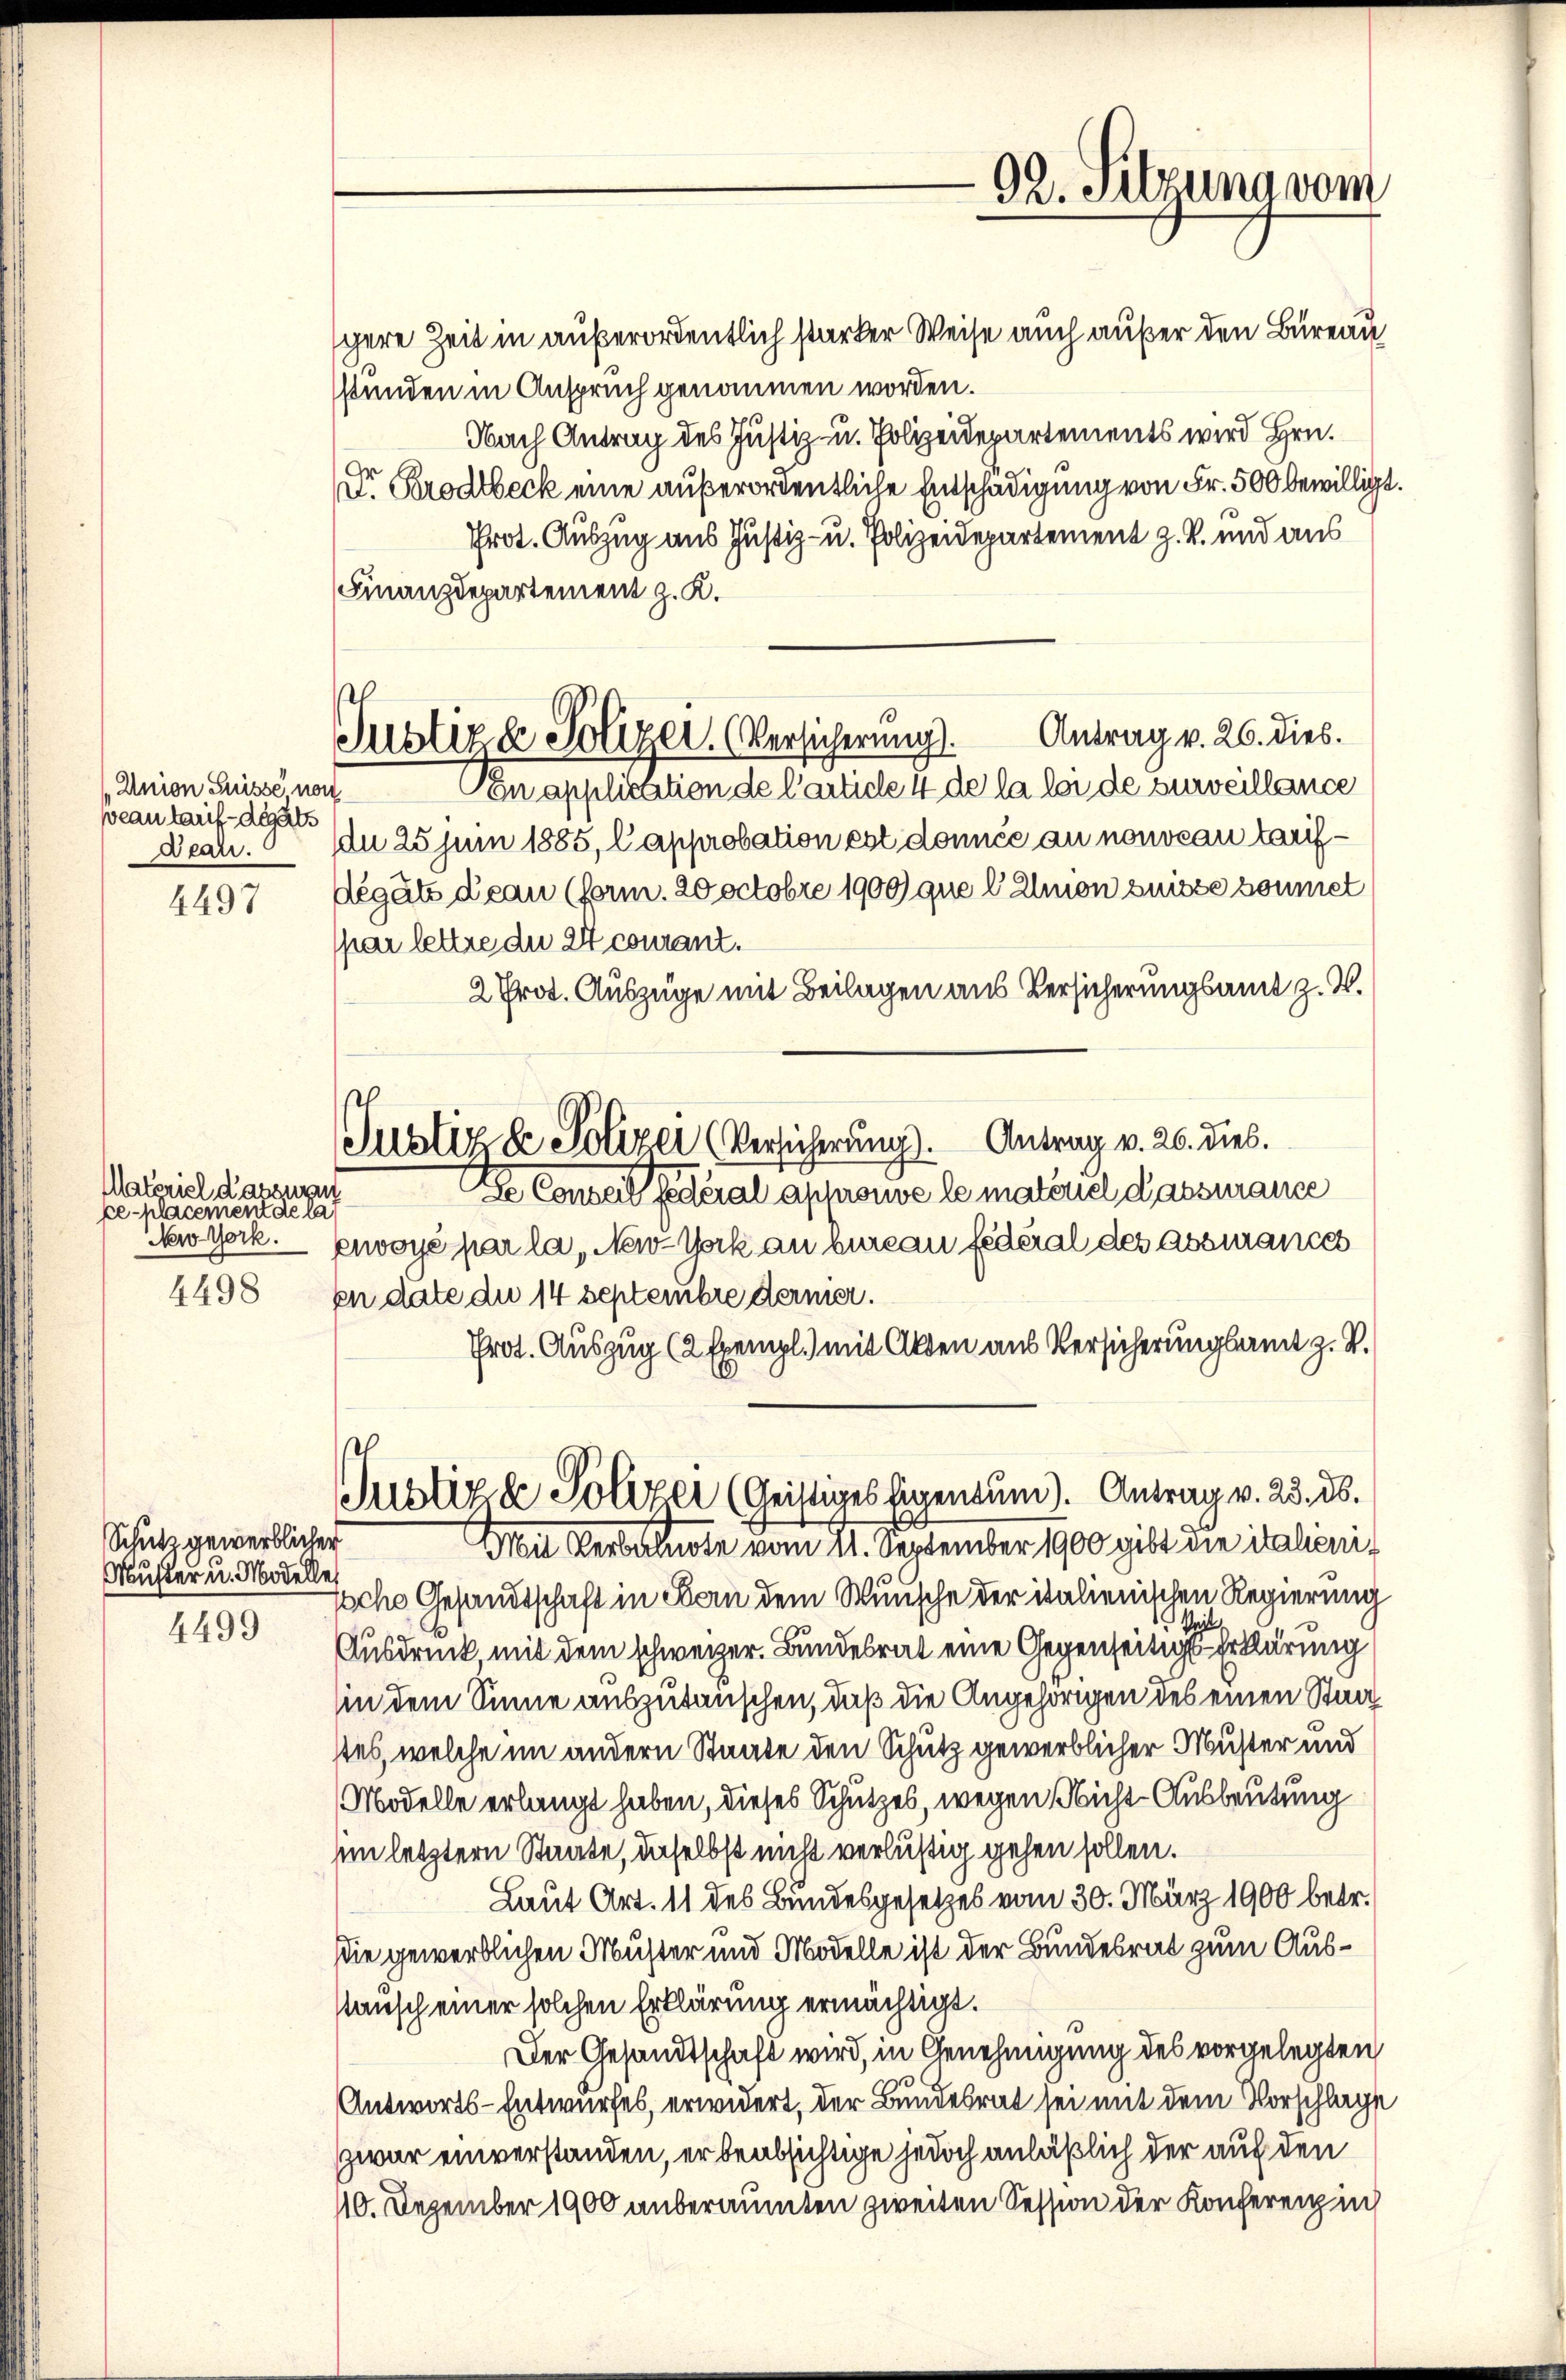
Union Suisse von
veau tauf- des als

4497

Materiel dasseren
pe-Klacement de la
New York.
4498

Schutz gewerblicher
Muster in Modelle

4499

scere Zeit in außerordentlich starker Weise auch außer den Bureau
stunden in Anspruch genommen worden.
Nach Antrag des Justiz- u. Polizeidepartements wird Hrn.
Dr. Brodbeck eine außerordentliche Entschädigung von Fr. 500 bewilligt.
Prot. Auszug aus Justiz- u. Polizeidepartement z. R. und aus
Finanzdepartement z. K.
Justiz & Polizei. (Versicherung. Antrag v. 26. dies
Con application de l’article 4 de la loi de surveillance
Deah. 9 n 25 Juni 1885, Capprobation est donnée au nouveau tarifdégäte dean (form. 20 octobre 1909 que l Amon puisse soumet
spar lettre du 24 courant.
2 Prot. Auszüge mit Beilagen aus Versicherungsamt z. B.
Justiz & Polizei (Versicherung). Antrag v. 26. Dieb.
De Conseil Federal approuve le materiel dass mance
enwoyé par la, New-York an bureau fédéral des assurances
en date du 14 Septembre dermer.
Prot. Auszug (2 Exempl.) mit Akten aus Versicherungsamt z. B.
Justiz & Polizei (Geistiges Eigentum). Antrag v. 23. 26.
Mit Verbalnote vom 11. September 1900 gibt die italieniische Gesandtschaft in Bern dem Wunsche der italienischen Regierung
Ausdruck mit dem schweizer. Bundesrat eine Gegenseitige Erklärung
in dem Sinne auszutauschen, daß die Angehörigen des einen Staat
stes, welche im andern Staate den Schutz gewerblicher Muster und
Modelle erlangt haben, dieses Schutzes, wegen Nicht Ausbeutung
im letztern Staate, daselbst nicht verlustig gehen sollen.
Laut Art. 11 des Bundesgesetzes vom 30. März 1900 betr.
die gewerblichen Muster und Modelle ist der Bundesrat zum Ausstausch einer solchen Erklärung ermächtigt.
Der Gesandtschaft wird, in Genehmigung des vorgelegten
Antworts-Entwurfes, erwidert, der Bundesrat sei mit dem Vorschlage
zwar einverstanden, er beabsichtige jedoch anläßlich der auf den
110. Dezember 1900 anberaumten zweiten Session der Konferenz in

92. Sitzung vom